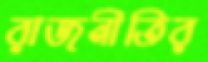
রাজনীতির